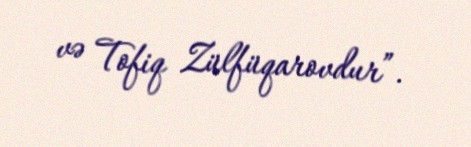
və Tofiq Zülfüqarovdur”.